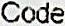
CODE